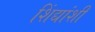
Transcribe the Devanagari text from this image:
शिंद्यांशी